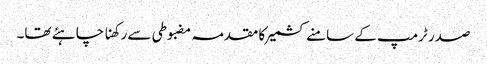
صدر ٹرمپ کے سامنے کشمیر کا مقدمہ مضبوطی سے رکھنا چاہئے تھا۔